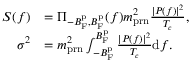
\begin{array} { r l } { S ( f ) } & { = \Pi _ { - B _ { \mathrm { F } } ^ { \mathrm { p } } , B _ { \mathrm { F } } ^ { \mathrm { p } } } ( f ) m _ { \mathrm { p r n } } ^ { 2 } \frac { | P ( f ) | ^ { 2 } } { T _ { c } } , } \\ { \sigma ^ { 2 } } & { = m _ { \mathrm { p r n } } ^ { 2 } \int _ { - B _ { \mathrm { F } } ^ { \mathrm { p } } } ^ { B _ { \mathrm { F } } ^ { \mathrm { p } } } \frac { | P ( f ) | ^ { 2 } } { T _ { c } } \mathrm { d } f . } \end{array}